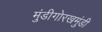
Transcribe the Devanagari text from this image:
मुंडीगोरखमुंडी